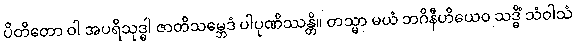
ပိတိတော ဝါ အပရိသုဒ္ဓါ ဇာတိသမ္ဘေဒံ ပါပုဏိဿန္တိ။ တသ္မာ မယံ ဘဂိနီဟိယေဝ သဒ္ဓိံ သံဝါသံ